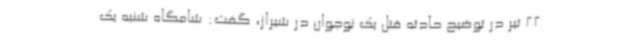
22 تیر در توضیح حادثه قتل یک نوجوان در شیراز، گفت: شامگاه شنبه یک